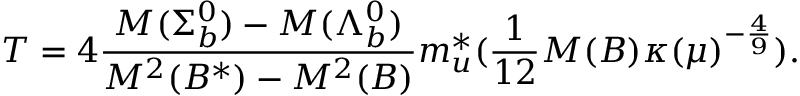
T = 4 \frac { M ( \Sigma _ { b } ^ { 0 } ) - M ( \Lambda _ { b } ^ { 0 } ) } { M ^ { 2 } ( B ^ { * } ) - M ^ { 2 } ( B ) } m _ { u } ^ { * } ( \frac { 1 } { 1 2 } M ( B ) \kappa ( \mu ) ^ { - \frac { 4 } { 9 } } ) \/ .